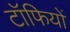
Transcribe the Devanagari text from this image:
टॉफियों